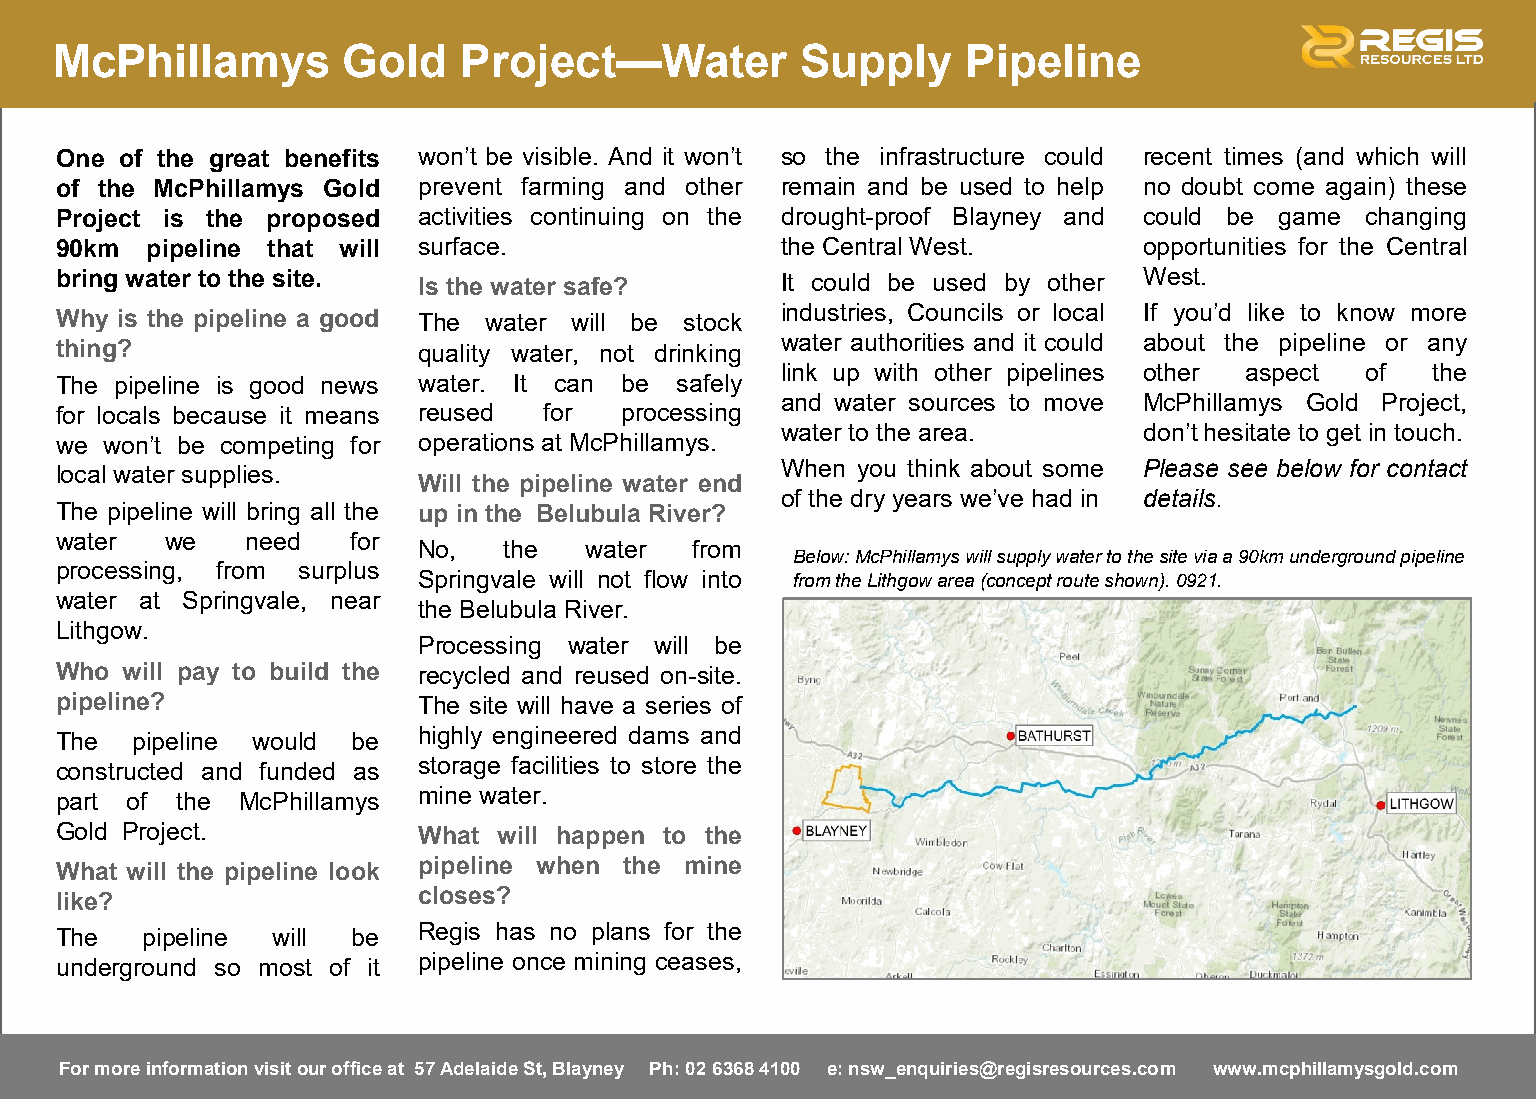
McPhillamys        Gold   Project—Water          Supply     Pipeline
 One of the great benefits won’t be visible. And it won’t so the infrastructure could recent times (and which will
 of the McPhillamys Gold prevent farming and other remain and be used to help no doubt come again) these
 Project is the proposed activities continuing on the drought-proof Blayney and could be game changing
 90km  pipeline that will surface.               the Central West.       opportunities for the Central
 bring water to the site. Is the water safe?     It could be used by other West.
 Why is the pipeline a good The water will be stock industries, Councils or local If you’d like to know more
 thing?                  quality water, not drinking water authorities and it could about the pipeline or any
 link up with other pipelines other aspect of the
 The pipeline is good news water. It can be safely
 and water sources to move McPhillamys Gold Project,
 for locals because it means reused for processing
 water to the area.      don’t hesitate to get in touch.
 we won’t be competing for operations at McPhillamys.
 local water supplies.                           When you think about some Please see below for contact
 Will the pipeline water end
 of the dry years we’ve had in details.
 The pipeline will bring all the up in the Belubula River?
 water  we   need   for
 No,  the   water  from
 Below: McPhillamys will supply water to the site via a 90km underground pipeline
 processing, from surplus
 Springvale will not flow into from the Lithgow area (concept route shown). 0921.
 water at Springvale, near
 the Belubula River.
 Lithgow.
 Processing water will be
 Who will pay to build the recycled and reused on-site.
 pipeline?               The site will have a series of
 The  pipeline would be  highly engineered dams and
 constructed and funded as storage facilities to store the
 part of the McPhillamys mine water.
 Gold Project.           What will happen to the
 What will the pipeline look pipeline when the mine
 like?                   closes?
 The  pipeline will be   R e g is has no plans for the
 underground so most of it pipeline once mining ceases,
 For more information visit our office at 57 Adelaide St, Blayney Ph: 02 6368 4100 e: nsw_enquiries@regisresources.com www.mcphillamysgold.com